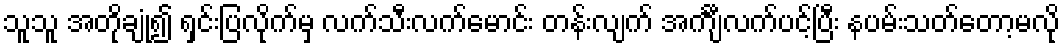
သူသူ အတိုချုံ့၍ ရှင်းပြလိုက်မှ လက်သီးလက်မောင်း တန်းလျက် အင်္ကျီလက်ပင့်ပြီး နပမ်းသတ်တော့မလို